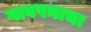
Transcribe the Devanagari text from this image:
गावपनाचा